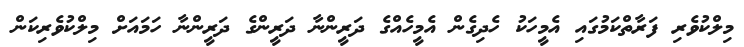
މިލްކުވެރި ފަރާތްކަމުގައި އެމީހަކު ހެދިގެން އެމީހެއްގެ ދަރީންނާ ދަރީންގެ ދަރީންނާ ހަމައަށް މިލްކުވެރިކަން